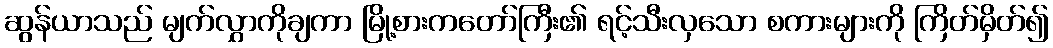
ဆွန်ယာသည် မျက်လွှာကိုချကာ မြို့စားကတော်ကြီး၏ ရင့်သီးလှသော စကားများကို ကြိတ်မှိတ်၍